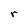
Character: r